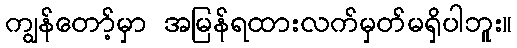
ကျွန်တော့်မှာ အမြန်ရထားလက်မှတ်မရှိပါဘူး။